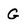
Character: G